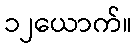
၁၂ယောက်။